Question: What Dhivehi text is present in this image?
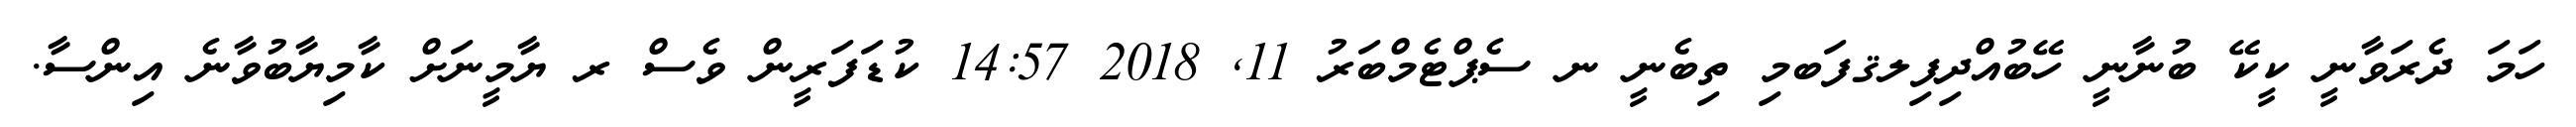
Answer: ހަމަ ދެރަވާނީ ކީކޭ ބުނާނީ ހޭބުއްދިފިލޤފަބމި ތިބެނީ ނ ސެޕްޓެމްބަރު 11, 2018 14:57 ކުޑަފަރީން ވެސް ރ ޔާމީނަށް ކާމިޔާބުވާނެ އިންސާ.